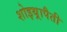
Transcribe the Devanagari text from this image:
शोइथ़्रापैती